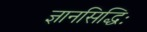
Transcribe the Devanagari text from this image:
ज्ञानसिद्धिः